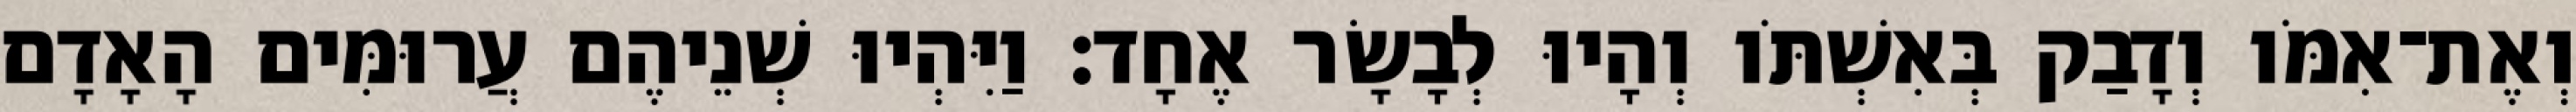
וְאֶת־אִמֹּו וְדָבַק בְּאִשְׁתֹּו וְהָיוּ לְבָשָׂר אֶחָד׃ וַיִּהְיוּ שְׁנֵיהֶם עֲרוּמִּים הָאָדָם